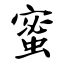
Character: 蜜